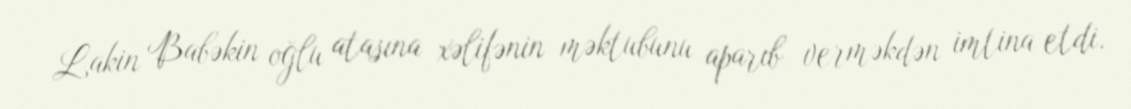
Lakin Babəkin oğlu atasına xəlifənin məktubunu aparıb verməkdən imtina etdi.